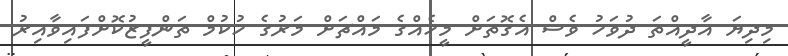
މިދިޔަ އާދީއްތަ ދުވަހު ވެސް އެގޮތަށް މީހެއްގެ މައްޗަށް މަރުގެ ހުކުމް ތަންފީޒުކޮށްފައިވާއިރު